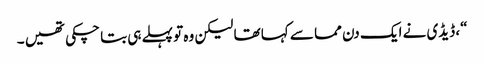
“، ڈیڈی نے ایک دن مما سے کہا تھا لیکن وہ تو پہلے ہی بتا چکی تھیں ۔